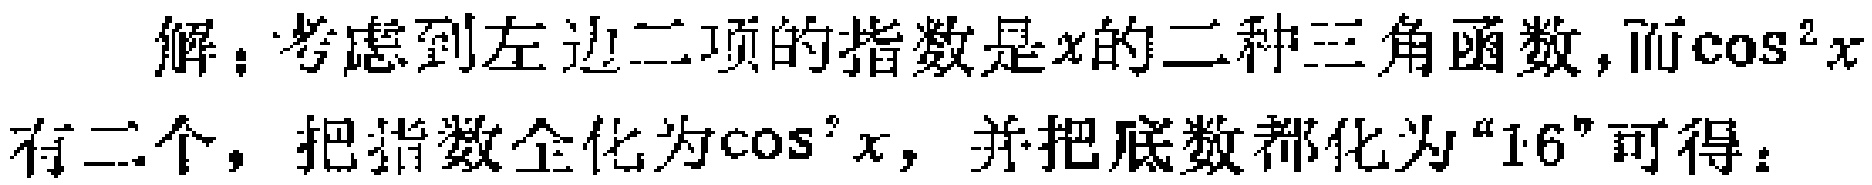
解：考虑到左边二项的指数是\(x\)的二种三角函数,而\(\cos^{2}x\)有二个，把指数全化为\(\cos^{2}x\)，并把底数都化为“\(16\)”可得：